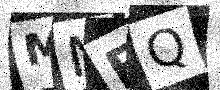
Text: MNFQ